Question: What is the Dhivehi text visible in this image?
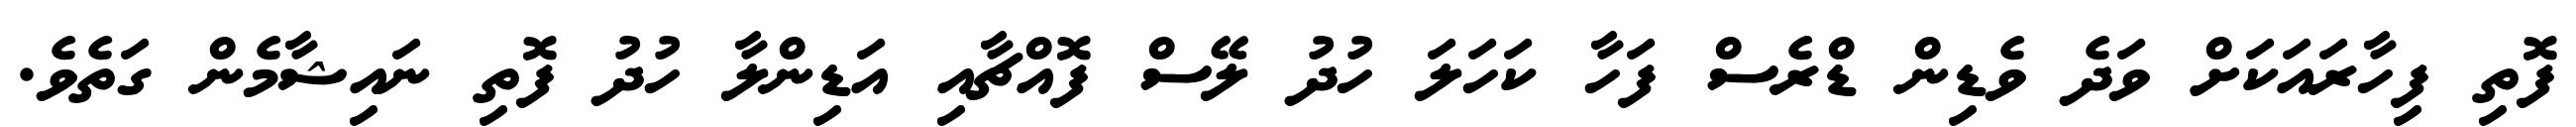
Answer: ފޮތި ފިހާރައަކަށް ވަދެ ވެޑިން ޑްރެސް ފަހާ ކަހަލަ ހުދު ލޭސް ފޮއްޗާއި އަޑިންލާ ހުދު ފޮތި ނައިޝާމެން ގަތެވެ.